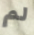
لم